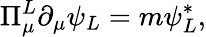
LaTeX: \Pi_{\mu}^{L}\partial_{\mu}\psi_{L}=m\psi_{L}^{*},